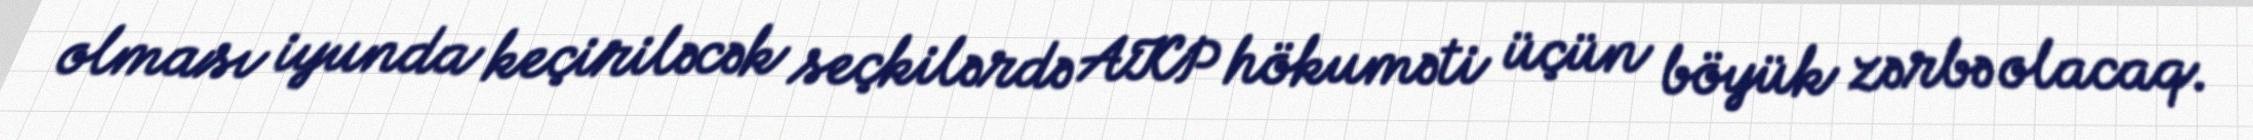
olması iyunda keçiriləcək seçkilərdə AKP hökuməti üçün böyük zərbə olacaq.